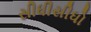
સીધીસીધો